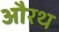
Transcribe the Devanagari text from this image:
औरथ